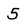
Character: 5